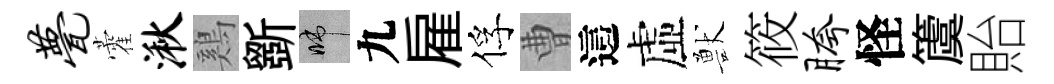
甍藿湫鷄斵啼九雇俘曹這虛獸筱胯怪𥵂貽